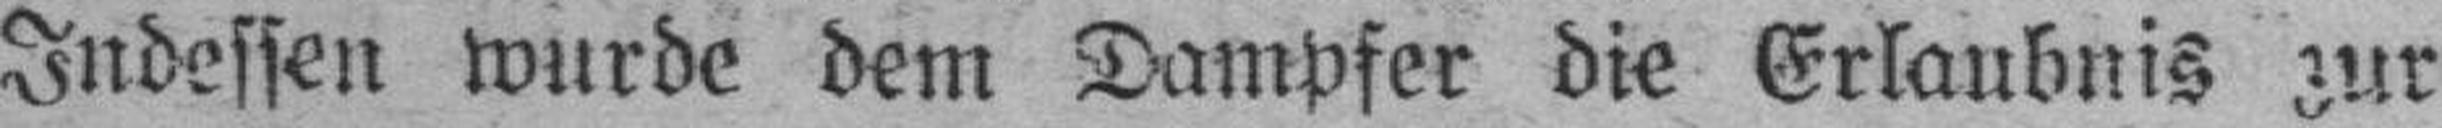
Indessen wurde dem Dampfer die Erlaubnis zur